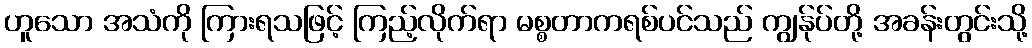
ဟူသော အသံကို ကြားရသဖြင့် ကြည့်လိုက်ရာ မစ္စတာကရစ်ပင်သည် ကျွန်ုပ်တို့ အခန်းတွင်းသို့